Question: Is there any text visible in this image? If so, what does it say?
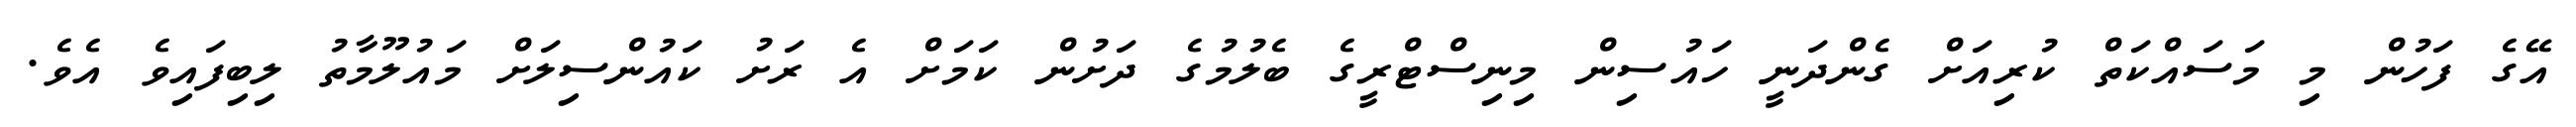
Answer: އޭގެ ފަހުން މި މަސައްކަތް ކުރިއަށް ގެންދަނީ ހައުސިން މިނިސްޓްރީގެ ބެލުމުގެ ދަށުން ކަމަށް އެ ރަށު ކައުންސިލަށް މައުލޫމާތު ލިބިފައިވެ އެވެ.